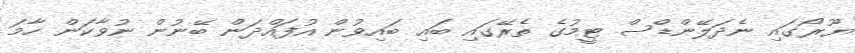
ޔޫރޯގައި ނެދަލޭންޑްސް ޓީމުގެ ތެރޭގައި ބައި ބައިވުން އުފައްދަން ބޭނުން ނުވާކަން ހާމަ